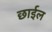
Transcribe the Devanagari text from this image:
छार्इल